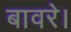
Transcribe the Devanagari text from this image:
बावरे।